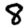
Digit: 8